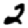
Digit: 2